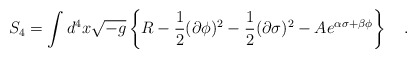
\begin{align*}S_4=\int d^{4} x \sqrt{-g}\left\{R- \frac{1}{2}(\partial\phi)^2-\frac{1}{2}(\partial\sigma)^2-A e^{\alpha\sigma+\beta\phi}\right\} \quad .\end{align*}